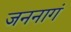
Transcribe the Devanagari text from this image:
जननागं